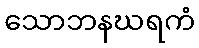
သောဘနဃရကံ